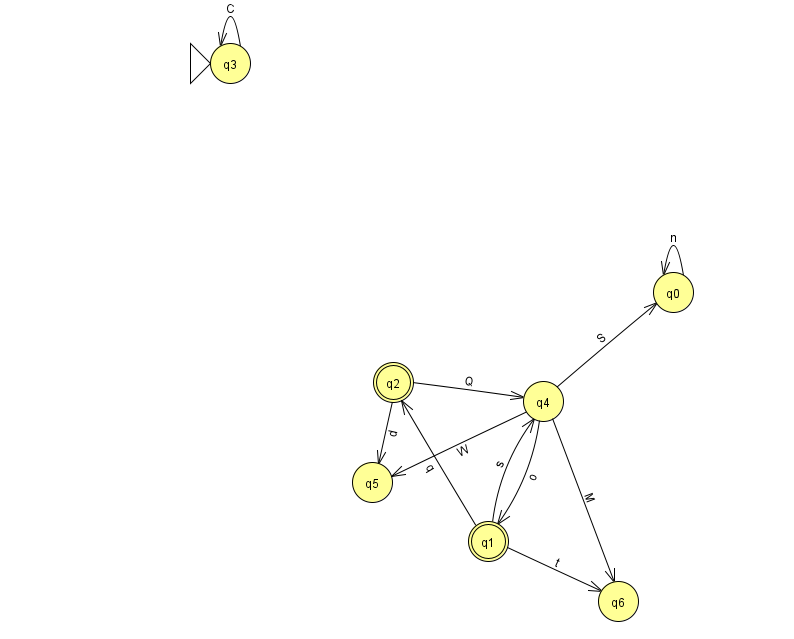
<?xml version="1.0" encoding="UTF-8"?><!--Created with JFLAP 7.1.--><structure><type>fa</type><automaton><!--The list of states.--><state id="0" name="q0"><x>673.0</x><y>279.0</y></state><state id="1" name="q1"><x>488.0</x><y>528.0</y><final/></state><state id="2" name="q2"><x>393.0</x><y>369.0</y><final/></state><state id="3" name="q3"><x>230.0</x><y>50.0</y><initial/></state><state id="4" name="q4"><x>543.0</x><y>388.0</y></state><state id="5" name="q5"><x>372.0</x><y>469.0</y></state><state id="6" name="q6"><x>618.0</x><y>588.0</y></state><!--The list of transitions.--><transition><from>3</from><to>3</to><read>C</read></transition><transition><from>1</from><to>4</to><read>s</read></transition><transition><from>4</from><to>5</to><read>W</read></transition><transition><from>1</from><to>6</to><read>t</read></transition><transition><from>2</from><to>5</to><read>d</read></transition><transition><from>4</from><to>1</to><read>o</read></transition><transition><from>1</from><to>2</to><read>q</read></transition><transition><from>4</from><to>6</to><read>M</read></transition><transition><from>0</from><to>0</to><read>n</read></transition><transition><from>2</from><to>4</to><read>Q</read></transition><transition><from>4</from><to>0</to><read>S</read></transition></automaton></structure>